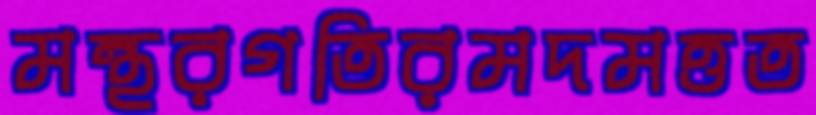
মন্থরগতিরমদমত্তত